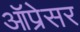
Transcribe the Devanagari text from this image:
ऑप्रेसर